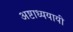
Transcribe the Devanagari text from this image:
अष्टाध्ययायी